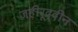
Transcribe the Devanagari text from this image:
जहीरूद्दीन